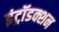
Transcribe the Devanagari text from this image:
इंट्रॉडक्शन